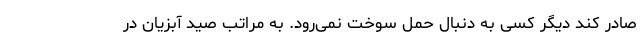
صادر کند دیگر کسی به دنبال حمل سوخت نمی‌رود. به مراتب صید آبزیان در